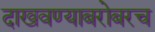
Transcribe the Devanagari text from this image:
दाखवण्याबरोबरच